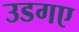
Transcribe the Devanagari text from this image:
उडगए